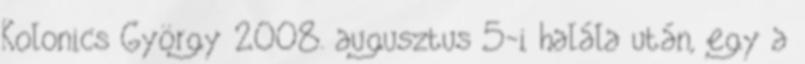
Kolonics György 2008. augusztus 5-i halála után, egy a